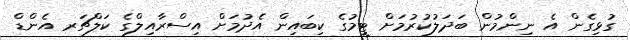
ގުޅިގެން އެ ނިންމުން ބަދަލުކުރުމަށް ޓީމުގެ ކިބައިން އެދުމަށް އިސްރާއިލްގެ ކަލްޗަރ އެންޑް